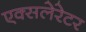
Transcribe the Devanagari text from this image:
एक्सलेरेटर